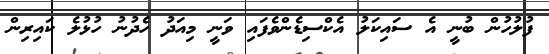
ފުލުހުން ބުނީ އެ ސައިކަލު އެކްސިޑެންވެފައި ވަނީ މިއަދު ހެދުނު ހުޅުލެ ކައިރިން